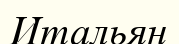
Итальян